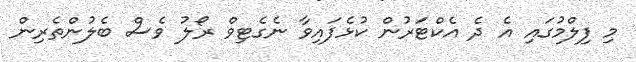
މި ފިލްމުގައި އެ ދެ އެކްޓަރުން ކުޅެފައިވާ ނެގެޓިވް ރޯލު ވެސް ބެލުންތެރިން